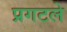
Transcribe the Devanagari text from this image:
प्रगटले